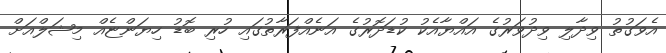
އެވަގުތު ވިދާލި ވިދުވަރުގެ އައްޔާއެކު ކުޑަދޮރުގެ އަނެއްފަރާތުގައި ހުރި ބޮޑު ހިޔަންޏެއް މިޝަލްއަށް